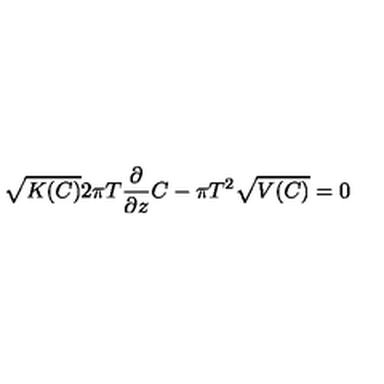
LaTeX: \sqrt { K ( C ) } 2 \pi T { \frac { \partial } { \partial z } } C - \pi T ^ { 2 } \sqrt { V ( C ) } = 0